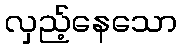
လှည့်နေသော